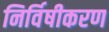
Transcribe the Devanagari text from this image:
निर्विषीकरण